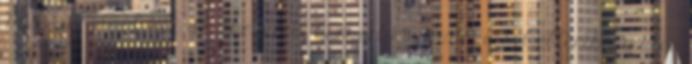
HELYE VÁTI Kht. Iratkezelési Csoport 1016 Budapest, Gellérthegy utca